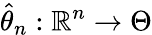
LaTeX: {\hat{\theta}}_{n}:\mathbb{R}^{n}\to\Theta